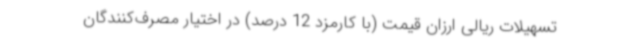
تسهیلات ریالی ارزان قیمت (با کارمزد 12 درصد) در اختیار مصرف‌کنندگان